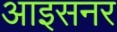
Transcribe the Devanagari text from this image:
आइसनर